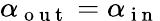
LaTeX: \alpha_{\mathrm{~o~u~t~}}=\alpha_{\mathrm{~i~n~}}